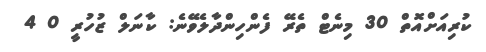
ކުރިއަށްއޮތް 30 މިނެޓް ތެރޭ ފެންހިންދާލެވޭނެ: ކާނަލް ޒުހުރީ 0 4